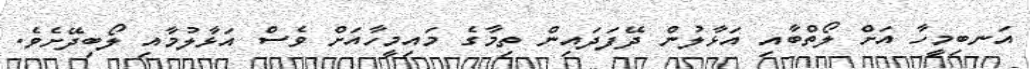
އަނބިމީހާ އަށް ލޯތްބާއި އަޅާލުން ދޭފަދައިން ތިމާގެ މައިމީހާއަށް ވެސް އަޅާލުމާއި ލޯބިދޭށެވެ.